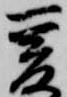
爰